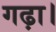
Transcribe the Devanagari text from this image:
गढ़ा।